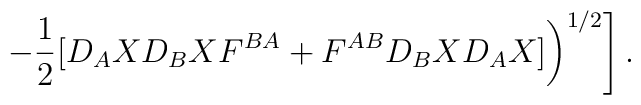
\left.\left. -\frac{1}{2}[D_AXD_BXF^{BA}+F^{AB}D_BXD_AX] \right)^{1/2}\right].